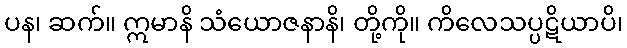
ပန၊ ဆက်။ ဣမာနိ သံယောဇနာနိ၊ တို့ကို။ ကိလေသပ္ပဋိယာပိ၊